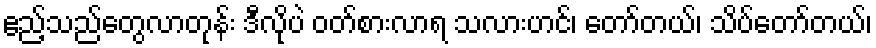
ဧည့်သည်တွေလာတုန်း ဒီလိုပဲ ဝတ်စားလာရ သလားဟင်၊ တော်တယ်၊ သိပ်တော်တယ်၊